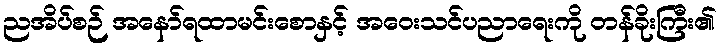
ညအိပ်စဉ် အနော်ရထာမင်းစောနှင့် အဝေးသင်ပညာရေးကို တန်ခိုးကြီး၏